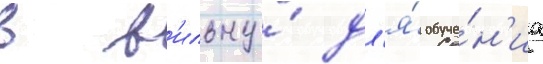
в в'ильну́ дл'я́ обуче́н'иа